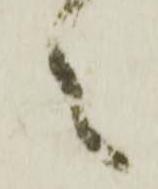
之